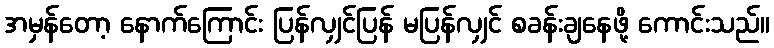
အမှန်တော့ နောက်ကြောင်း ပြန်လျှင်ပြန် မပြန်လျှင် စခန်းချနေဖို့ ကောင်းသည်။